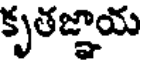
కృతజ్ఞాయ